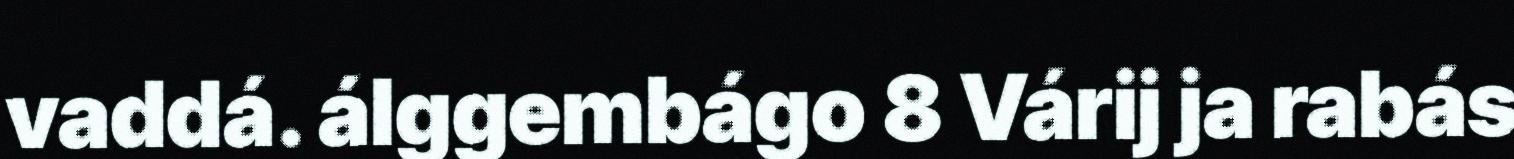
vaddá. álggembágo 8 Várij ja rabás